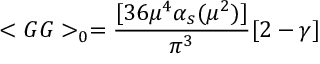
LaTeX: < G G > _ { 0 } = \frac { [ 3 6 \mu ^ { 4 } \alpha _ { s } ( \mu ^ { 2 } ) ] } { \pi ^ { 3 } } [ 2 - \gamma ]